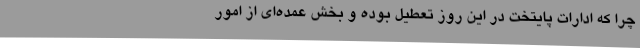
چرا که ادارات پایتخت در این روز تعطیل بوده و بخش عمده‌ای از امور